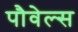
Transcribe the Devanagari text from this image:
पौवेल्स